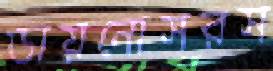
ডায়নোসরস